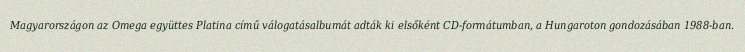
Magyarországon az Omega együttes Platina című válogatásalbumát adták ki elsőként CD-formátumban, a Hungaroton gondozásában 1988-ban.